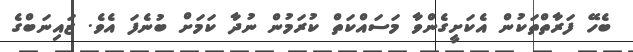
ބެހޭ ފަރާތްތަކުން އެކަށީގެންވާ މަސައްކަތް ކުރަމުން ނުދާ ކަމަށް ބުނެފަ އެވެ. ޒައިނަބްގެ